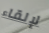
لإلقاء